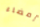
إمضاء